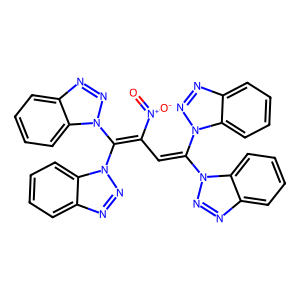
SMILES: O=[N+]([O-])C(C=C(n1nnc2ccccc21)n1nnc2ccccc21)=C(n1nnc2ccccc21)n1nnc2ccccc21
Inhibits HIV replication: No